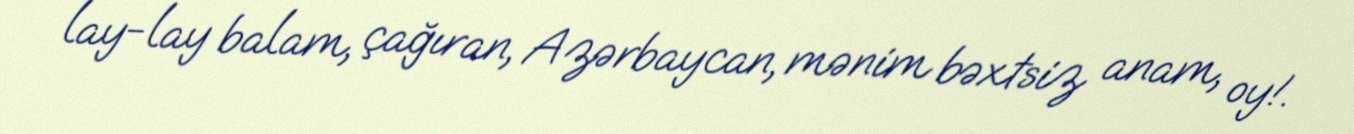
lay-lay balam, çağıran, Azərbaycan, mənim bəxtsiz anam, oy!.